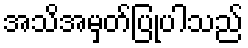
အသိအမှတ်ပြုပါသည်